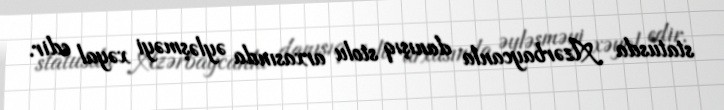
statusda Azərbaycanla danışıq stolu arxasında əyləşməyi xəyal edir.